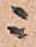
ニ